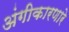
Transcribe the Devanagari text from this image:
अंगीकारणारे